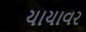
યાયાવર